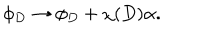
LaTeX: \phi _ { D } \rightarrow \phi _ { D } + \chi ( D ) \alpha .